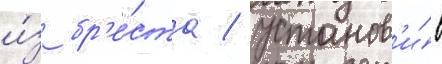
и́з бр'е́ста / установ'и́в